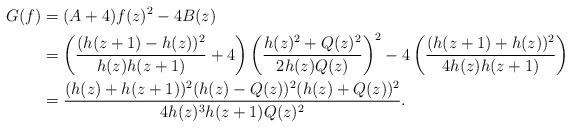
LaTeX: \begin{align*}G(f)&=(A+4)f(z)^2-4B(z)\\&=\left(\frac{(h(z+1)-h(z))^2}{h(z)h(z+1)}+4\right)\left(\frac{h(z)^2+Q(z)^2}{2h(z)Q(z)}\right)^2-4\left(\frac{(h(z+1)+h(z))^2}{4h(z)h(z+1)}\right)\\&=\frac{(h(z)+h(z+1))^2(h(z)-Q(z))^2(h(z)+Q(z))^2}{4h(z)^3h(z+1)Q(z)^2}.\end{align*}